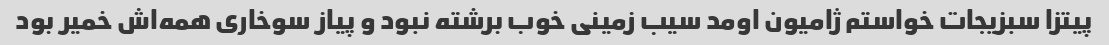
پیتزا سبزیجات خواستم ژامیون اومد سیب زمینی خوب برشته نبود و پیاز سوخاری همه‌اش خمیر بود